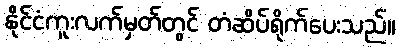
နိုင်ငံကူးလက်မှတ်တွင် တံဆိပ်ရိုက်ပေးသည်။